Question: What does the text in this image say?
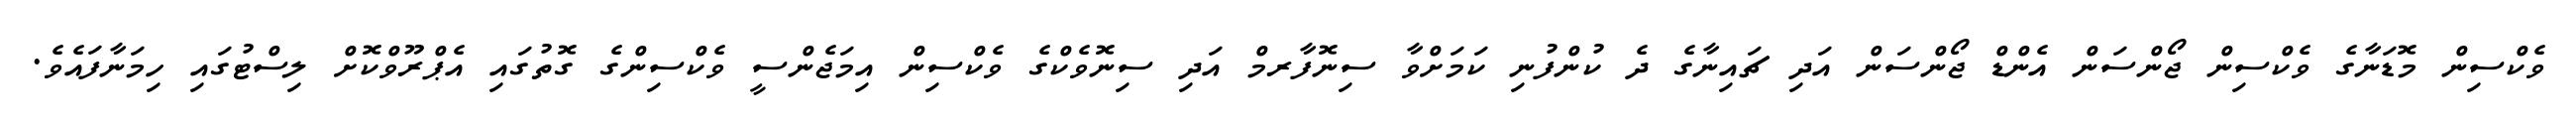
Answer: ވެކްސިން މޮޑަނާގެ ވެކްސިން ޖޯންސަން އެންޑް ޖޯންސަން އަދި ޗައިނާގެ ދެ ކުންފުނި ކަމަށްވާ ސިނޮފާރމް އަދި ސިނޮވެކްގެ ވެކްސިން އިމަޖެންސީ ވެކްސިންގެ ގޮތުގައި އެޕްރޫވްކޮށް ލިސްޓުގައި ހިމަނާފައެވެ.